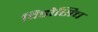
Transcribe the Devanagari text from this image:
विडोसिच